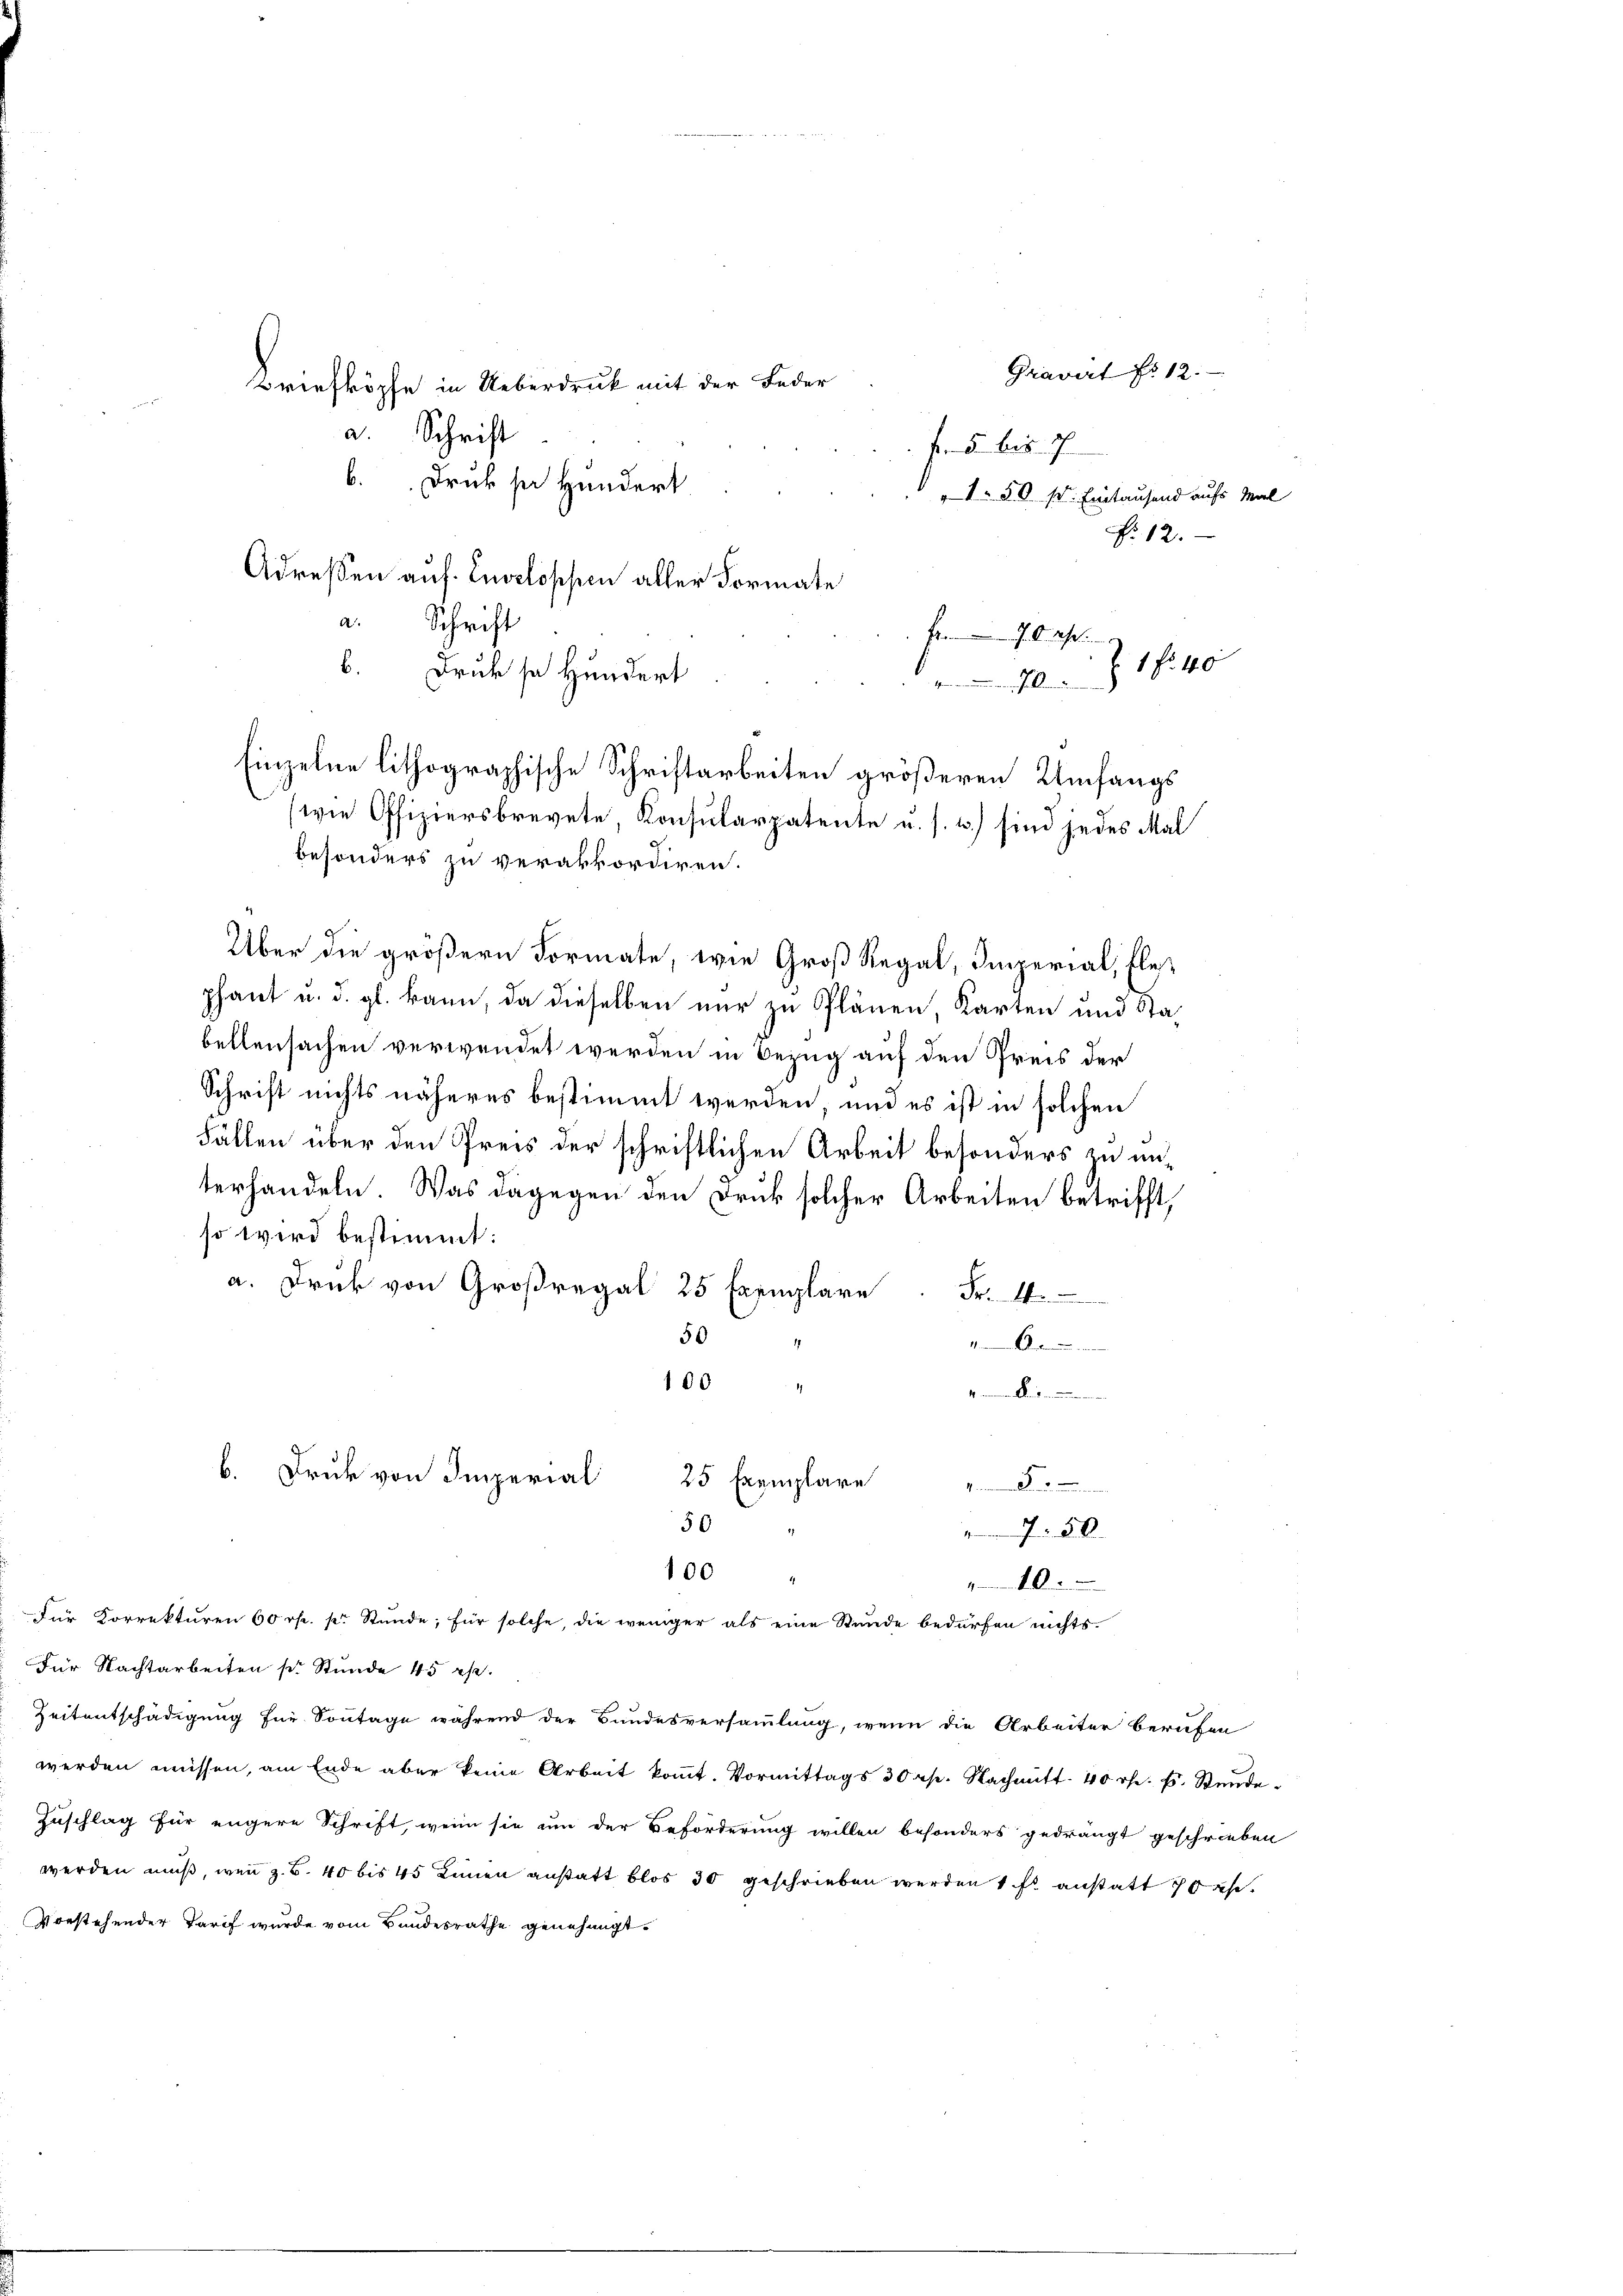
2

Über die größern Formate, wie Groß Regal, Imperial, Flephant u. d. gl. kann, da dieselben nur zu Plänen, Karten und Stabellensachen verwendet werden in Bezug auf den Preis der
Schrift nichts näheres bestimmt werden, und es ist in solchen
Fällen über den Preis der schriftlichen Arbeit besonders zu unterhandeln. Was dagegen den Druk solcher Arbeiten betrifft,
so wird bestimmt:
a. Druk von Groβregal 25 Exemplare Fr. 4.
50
1
17
1604
1. einem Was nommenen
b. Druk von Imperial
25 Exemplare
........
50
750
100
mmt. Ansamme
für Korrekturen 60 rp. pr. Stunde, für solche, die weniger als eine Stunde bedürfen nichts.
Für Nachtarbeiten s. Stunde 45 Rp.
Zeitentschädigung für Sonntage während der Bundesversammlung, wenn die Arbeiter berufen
werden müssen, am Ende aber keine Arbeit kommt. Vormittags 30 rp. Nachmitt 40 rth. E. Stunde
Zuschlag für engere Schrift, wenn sie um der Beförderung willen besonders gedrängt geschrieben
werden muß, wenn z. B. 40 bis 45 Linien anstatt blos 30 geschrieben werden 1 fl anstatt das
Vorstehender Tarif wurde vom Bundesrathe genehmigt.

Gravirt No 12.
Briefkösche in Ueberdruck mit der Feder
a. Schrift
fr. 5. bis 7.
Druk sie Hundert
" 1 50 st. Eintausend aufs Mal
Nr. 12.
Adressen auf Enveloppen aller Formate
d
Schrift
...........
b. Druk sn Hundert
701 f 40
Einzelne lithographische Schriftarbeiten größeren Umfangs
(wie Offiziersbrevete, Konsularpatente u. s. w.) sind jedes Mal
besonders zu verakkordiren.